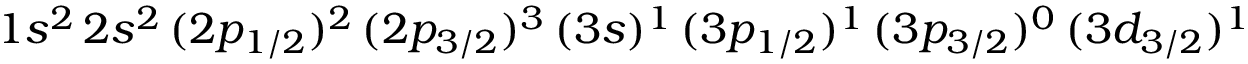
1 s ^ { 2 } \, 2 s ^ { 2 } \, ( 2 p _ { 1 / 2 } ) ^ { 2 } \, ( 2 p _ { 3 / 2 } ) ^ { 3 } \, ( 3 s ) ^ { 1 } \, ( 3 p _ { 1 / 2 } ) ^ { 1 } \, ( 3 p _ { 3 / 2 } ) ^ { 0 } \, ( 3 d _ { 3 / 2 } ) ^ { 1 }